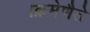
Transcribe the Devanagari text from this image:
।क्रमेणैते